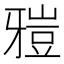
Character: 𤘑